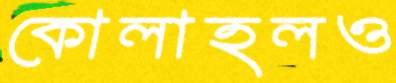
কোলাহলও